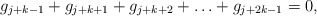
\begin{align*}g_{j+k-1} + g_{j+k+1} + g_{j+k+2} + \ldots + g_{j+2k-1} = 0,\end{align*}